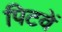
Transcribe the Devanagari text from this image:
पिटवें